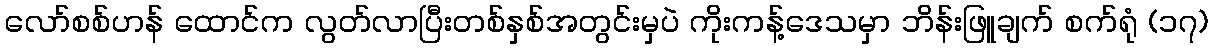
လော်စစ်ဟန် ထောင်က လွတ်လာပြီးတစ်နှစ်အတွင်းမှပဲ ကိုးကန့်ဒေသမှာ ဘိန်းဖြူချက် စက်ရုံ (၁၇)